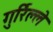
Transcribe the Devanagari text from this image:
गुर्रिल्ले